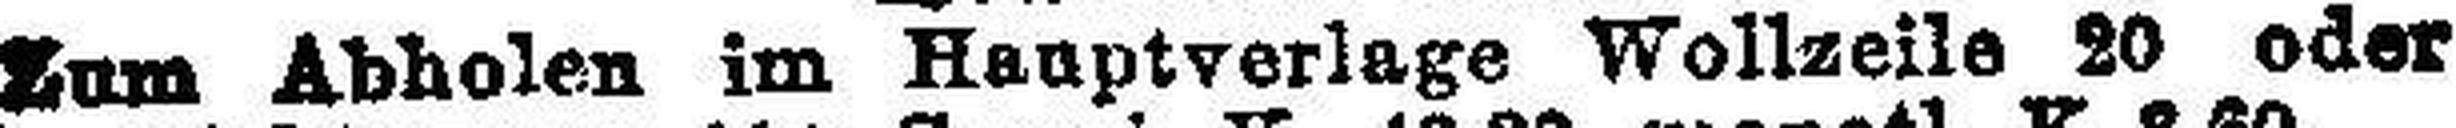
Zum Abholen im Hauptverlage Wollzeile 20 oder